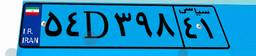
۳۲D۴۱۴۹۵